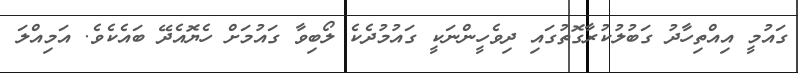
ގައުމީ އިއްތިހާދު ގަބުލުކުރާގޮތުގައި ދިވެހީންނަކީ ގައުމުދެކެ ލޯބިވާ ގައުމަށް ހެޔޮއެދޭ ބައެކެވެ. އަމިއްލަ